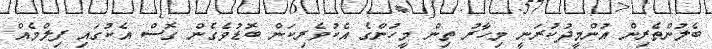
ބެލުންތެރިން އުންމީދުކުރަނީ މިހާރު ތިން މީހުންގެ އެކުވެރިކަން ބޮޑުވެގެން ގޮސް އެކުގައި ފިލްމެއް